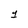
Character: 1